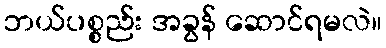
ဘယ်ပစ္စည်း အခွန် ဆောင်ရမလဲ။